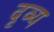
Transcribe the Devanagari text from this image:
दृव्य